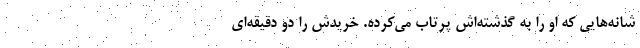
شانه‌هایی که او را به گذشته‌اش پرتاب می‌کرده. خریدش را دو دقیقه‌ای